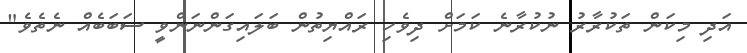
އަދި މިކަން ތަކުރާރު ނުކުރާނެ ކަމަށް ދިވެހި ރައްޔިތުން ބަލައިގަންނަންވީ ސަބަބެއް ނެތެވެ"